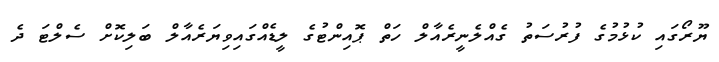
ޔޫރޯގައި ކުޅުމުގެ ފުރުސަތު ގެއްލެނީރެއާލް ހަތް ޕޮއިންޓުގެ ލީޑެއްގައިވިޔަރެއާލް ބަލިކޮށް ސެލްޓަ ދެ